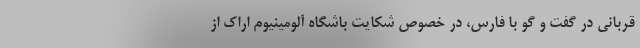
قربانی در گفت و گو با فارس، در خصوص شکایت باشگاه آلومینیوم اراک از